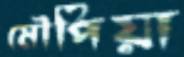
মৌপিয়া